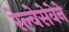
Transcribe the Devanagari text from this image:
रेल्वेसेवेने